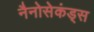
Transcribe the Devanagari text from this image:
नैनोसेकंड्स